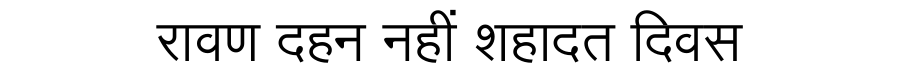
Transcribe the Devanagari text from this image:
रावण दहन नहीं शहादत दिवस